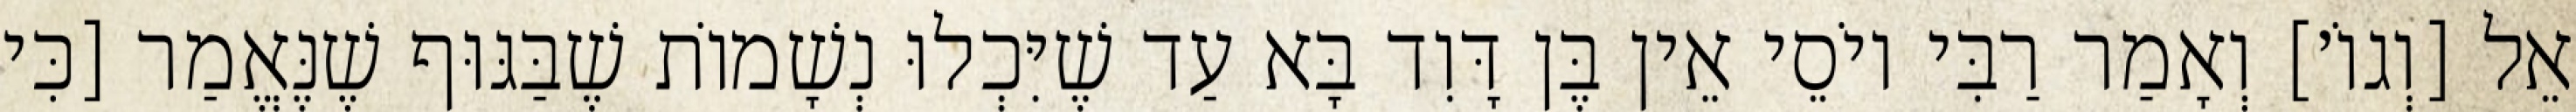
אֵל [וְגוֹ׳] וְאָמַר רַבִּי יוֹסֵי אֵין בֶּן דָּוִד בָּא עַד שֶׁיִּכְלוּ נְשָׁמוֹת שֶׁבַּגּוּף שֶׁנֶּאֱמַר [כִּי